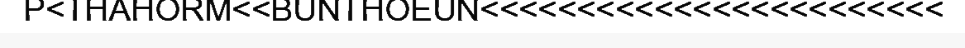
P<THAHORM<<BUNTHOEUN<<<<<<<<<<<<<<<<<<<<<<<<